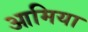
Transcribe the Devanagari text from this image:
आमिया